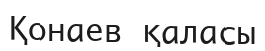
Қонаев қаласы